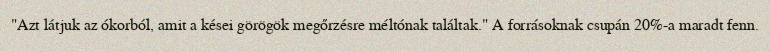
"Azt látjuk az ókorból, amit a kései görögök megőrzésre méltónak találtak." A forrásoknak csupán 20%-a maradt fenn.